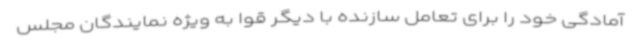
آمادگی خود را برای تعامل سازنده با دیگر قوا به ویژه نمایندگان مجلس